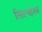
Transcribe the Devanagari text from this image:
सिल्व्हेस्त्रे